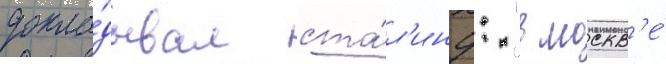
докла́дывал ста́л'ину: "в москв'е́